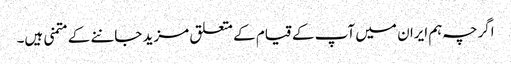
اگرچہ ہم ایران میں آپ کے قیام کے متعلق مزید جاننے کے متمنی ہیں۔